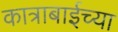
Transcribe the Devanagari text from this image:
कात्राबाईच्या